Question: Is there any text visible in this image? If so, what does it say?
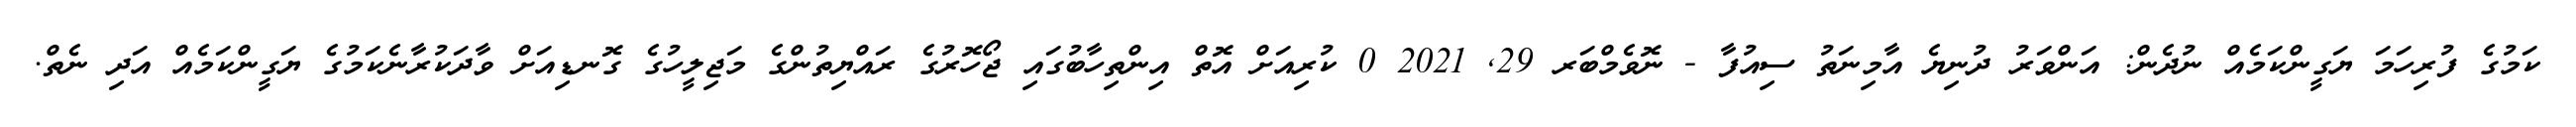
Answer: ކަމުގެ ފުރިހަމަ ޔަގީންކަމެއް ނުދެން: އަންވަރު ދުނިޔެ އާމިނަތު ސިއުފާ - ނޮވެމްބަރ 29, 2021 0 ކުރިއަށް އޮތް އިންތިހާބުގައި ޖޯހޮރުގެ ރައްޔިތުންގެ މަޖިލީހުގެ ގޮނޑިއަށް ވާދަކުރާނެކަމުގެ ޔަގީންކަމެއް އަދި ނެތް.